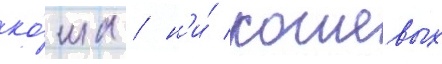
ко́ша / н'и́ кошевых